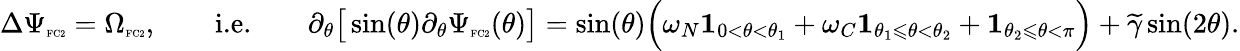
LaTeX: \Delta\Psi_{\textnormal{\tiny{FC2}}}=\Omega_{\textnormal{\tiny{FC2}}},\qquad\textnormal{i.e.}\qquad\partial_{\theta}\big[\sin(\theta)\partial_{\theta}\Psi_{\textnormal{\tiny{FC2}}}(\theta)\big]=\sin(\theta)\Big(\omega_{N}\mathbf{1}_{0<\theta<\theta_{1}}+\omega_{C}\mathbf{1}_{\theta_{1}\leqslant\theta<\theta_{2}}+\mathbf{1}_{\theta_{2}\leqslant\theta<\pi}\Big)+\widetilde{\gamma}\sin(2\theta).